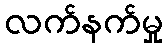
လက်နက်မှု